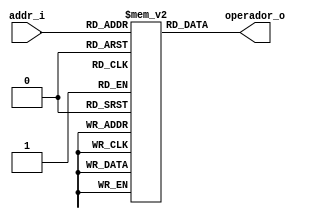
/*
	Grupo:			5CV3
	Proyecto:		Display de 7 segmentos
	Archivo:			Disp7segs.v
	Equipo:			Equipo 2
	Integrantes:	Alcaraz Cuevas Victor Hugo
						Montoya Morales Luis Antonio
						Navarrete Becerril Sharon Anette
						Quintana Romero Roberto
						Urdaneta Villalobos Paul Alejandro

	Descripcion:	Primera version de la ALU (1 bit)
*/

module memoria_b (
	input 	[2:0] addr_i,
	output 	[31:0] operador_o
);

	//definicin de la memoria
	reg [31:0] memory [2**3-1:0];
	
	initial
	begin
		/*memory [0] = 32'b11; //Equipo 5
		memory [1] = 32'b000010000100110010110111100001001; //Equipo 
		memory [2] = 32'b10100111001001100100101001000101; //Equipo */
		memory [0] = 32'b1111_1111_0000_0000_1111_1111_0000_0000;
		memory [1] = 32'b0011_0101_0000_1111_0110_1001_1001_0011;
		memory [2] = 32'h8000_0000;
		memory [3] = 32'h0;
		memory [4] = 32'h1;
		memory [5] = 32'h8;
		memory [6] = 32'd31;
	end
	
	//Puerto de lectura
	assign operador_o = memory[addr_i];
	
endmodule